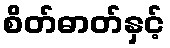
စိတ်ဓာတ်နှင့်